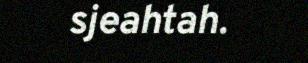
sjeahtah.